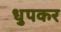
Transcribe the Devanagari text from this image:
धुपकर